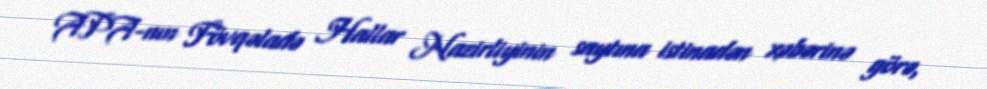
APA-nın Fövqəladə Hallar Nazirliyinin saytına istinadən xəbərinə görə,